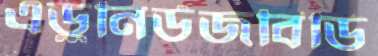
এডুনিউজবিডি